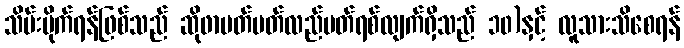
သိမ်းပိုက်ရန်ဖြစ်သည် ဆိုဖာပတ်ပတ်လည်ပတ်ရစ်လျက်ရှိသည် ၁၀)နှင့် လူသားသိစေရန်